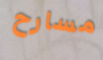
مسارح